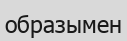
образымен